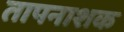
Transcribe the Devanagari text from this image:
तापनाशक